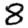
Digit: 8